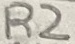
Text: R2